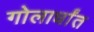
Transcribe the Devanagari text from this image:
गोलार्धांत